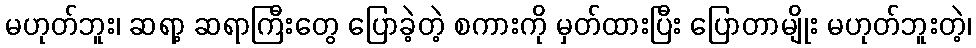
မဟုတ်ဘူး၊ ဆရာ့ ဆရာကြီးတွေ ပြောခဲ့တဲ့ စကားကို မှတ်ထားပြီး ပြောတာမျိုး မဟုတ်ဘူးတဲ့၊